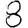
Digit: 8